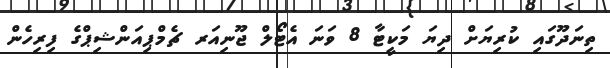
ތިނަދޫގައި ކުރިޔަށް ދިޔަ މަކީޓާ 8 ވަނަ އެޓޯލް ޖޫނިއަރ ޗެމްޕިއަންޝިޕްގެ ފިރިހެން